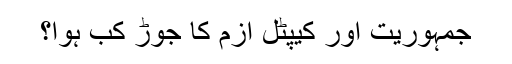
جمہوریت اور کیپٹل ازم کا جوڑ کب ہوا؟